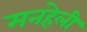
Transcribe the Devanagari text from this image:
मनहेली